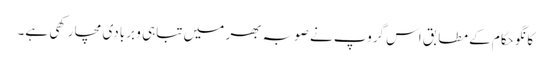
کانگو حکام کے مطابق اس گروپ نے صوبہ بھر میں تباہی و بربادی مچا رکھی ہے۔